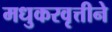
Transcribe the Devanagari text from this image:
मधुकरवृत्तीने